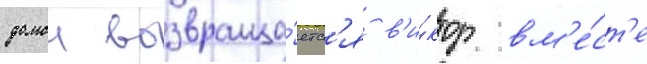
домои возвраща́етс'я в'и́ктор вм'е́ст'е